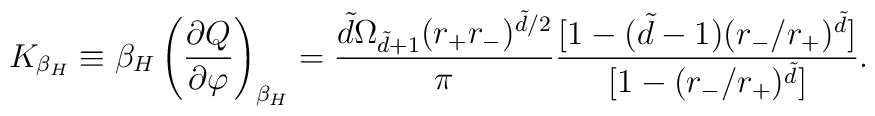
K_{\beta_H}\equiv\beta_H\left(\frac{\partial Q}{\partial \varphi}\right)_{\beta _H}=\frac{\tilde{d}\Omega _{\tilde{d}+1}(r_+r_-)^{\tilde{d}/2}}{\pi}\frac{[1-(\tilde{d}-1)(r_-/r_+)^{\tilde{d}}]}{[1-(r_-/r_+)^{\tilde{d}}]}.